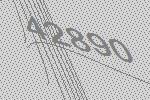
42890